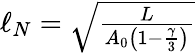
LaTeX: \begin{array}{r}{\ell_{N}=\sqrt{\frac{L}{A_{0}\left(1-\frac{\gamma}{3}\right)}}}\end{array}